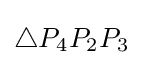
\triangle P_{4}P_{2}P_{3}